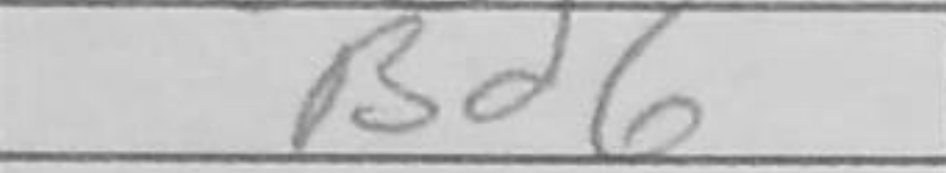
Transcription: Bd6